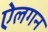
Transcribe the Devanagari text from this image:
ऐलगन